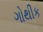
ગોથીક